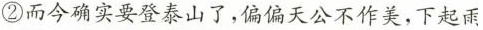
②而今确实要登泰山了，偏偏天公不作美，下起雨